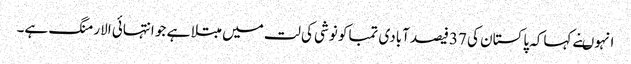
انہوںنے کہاکہ پاکستان کی 37فیصد آبادی تمباکو نوشی کی لت میں مبتلا ہے جو انتہائی الارمنگ ہے۔